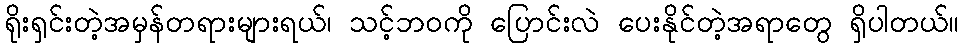
ရိုးရှင်းတဲ့အမှန်တရားများရယ်၊ သင့်ဘ၀ကို ပြောင်းလဲ ပေးနိုင်တဲ့အရာတွေ ရှိပါတယ်။